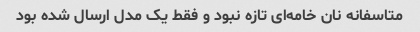
متاسفانه نان خامه‌ای تازه نبود و فقط یک مدل ارسال شده بود